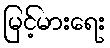
မြင့်မားရေး